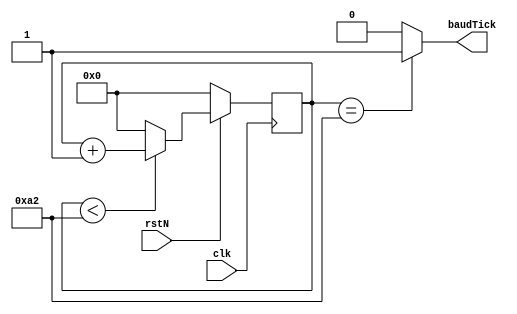
module uart_boudRateGen
#(
    parameter BAUD_RATE = 19200
)
(
    input clk,rstN,
    output baudTick
);

localparam CLK_RATE = 50*(10**6);
localparam RESOLUTION = 16;  // samples per 1 baud
localparam MAX_COUNT = (CLK_RATE/BAUD_RATE/RESOLUTION); //round to smaller integer
localparam WIDTH = $clog2(MAX_COUNT);

reg [WIDTH-1:0]count;

always @(posedge clk) begin
    if (~rstN)
        count <= 1'b0;
    else if (count < MAX_COUNT)
        count <= count + 1'b1;
    else
        count <= 1'b0;
end

assign  baudTick = (count==MAX_COUNT)? 1'b1:1'b0;


endmodule